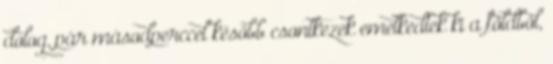
dolog, pár másodperccel később csontkezek emelkedtek ki a földből,